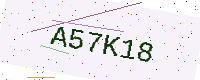
Text: A57K18